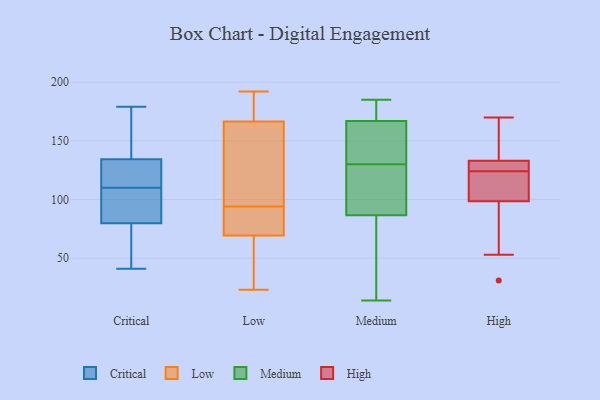
{"axis": {"x": "Headcount", "y": "Value"}, "legend": ["Critical", "High", "Low", "Medium"], "data": [{"x": "", "y": 167, "type": "Critical"}, {"x": "", "y": 74, "type": "Critical"}, {"x": "", "y": 108, "type": "Critical"}, {"x": "", "y": 79, "type": "Critical"}, {"x": "", "y": 113, "type": "Critical"}, {"x": "", "y": 80, "type": "Critical"}, {"x": "", "y": 110, "type": "Critical"}, {"x": "", "y": 112, "type": "Critical"}, {"x": "", "y": 41, "type": "Critical"}, {"x": "", "y": 109, "type": "Critical"}, {"x": "", "y": 138, "type": "Critical"}, {"x": "", "y": 179, "type": "Critical"}, {"x": "", "y": 133, "type": "Critical"}, {"x": "", "y": 172, "type": "Critical"}, {"x": "", "y": 78, "type": "Critical"}, {"x": "", "y": 82, "type": "Critical"}, {"x": "", "y": 111, "type": "Critical"}, {"x": "", "y": 157, "type": "Low"}, {"x": "", "y": 94, "type": "Low"}, {"x": "", "y": 88, "type": "Low"}, {"x": "", "y": 27, "type": "Low"}, {"x": "", "y": 145, "type": "Low"}, {"x": "", "y": 61, "type": "Low"}, {"x": "", "y": 192, "type": "Low"}, {"x": "", "y": 23, "type": "Low"}, {"x": "", "y": 186, "type": "Low"}, {"x": "", "y": 190, "type": "Low"}, {"x": "", "y": 160, "type": "Low"}, {"x": "", "y": 72, "type": "Low"}, {"x": "", "y": 82, "type": "Low"}, {"x": "", "y": 91, "type": "Medium"}, {"x": "", "y": 141, "type": "Medium"}, {"x": "", "y": 14, "type": "Medium"}, {"x": "", "y": 178, "type": "Medium"}, {"x": "", "y": 185, "type": "Medium"}, {"x": "", "y": 97, "type": "Medium"}, {"x": "", "y": 82, "type": "Medium"}, {"x": "", "y": 129, "type": "Medium"}, {"x": "", "y": 167, "type": "Medium"}, {"x": "", "y": 131, "type": "Medium"}, {"x": "", "y": 74, "type": "Medium"}, {"x": "", "y": 54, "type": "Medium"}, {"x": "", "y": 167, "type": "Medium"}, {"x": "", "y": 122, "type": "Medium"}, {"x": "", "y": 164, "type": "Medium"}, {"x": "", "y": 180, "type": "Medium"}, {"x": "", "y": 145, "type": "High"}, {"x": "", "y": 103, "type": "High"}, {"x": "", "y": 111, "type": "High"}, {"x": "", "y": 97, "type": "High"}, {"x": "", "y": 53, "type": "High"}, {"x": "", "y": 56, "type": "High"}, {"x": "", "y": 113, "type": "High"}, {"x": "", "y": 130, "type": "High"}, {"x": "", "y": 124, "type": "High"}, {"x": "", "y": 160, "type": "High"}, {"x": "", "y": 128, "type": "High"}, {"x": "", "y": 134, "type": "High"}, {"x": "", "y": 31, "type": "High"}, {"x": "", "y": 170, "type": "High"}, {"x": "", "y": 127, "type": "High"}]}